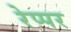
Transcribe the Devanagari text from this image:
रेप्पर